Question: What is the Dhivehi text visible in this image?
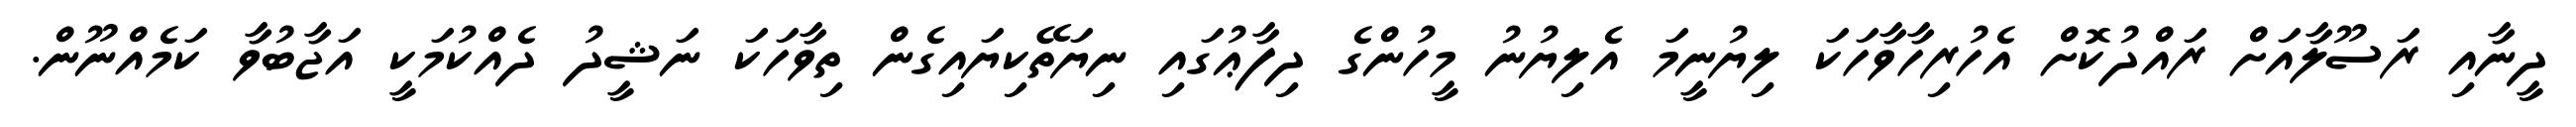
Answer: ދީނާއި ރަސޫލާއަށް ރައްދުކޮށް އެހުރިހާވާހަކަ ލިޔުނީމަ އެލިޔުނު މީހުންގެ ދިފާޢުގައި ނިޔަތޭކިޔައިގެން ތިވާހަކަ ނަޝީދު ދެއްކުމަކީ އަޖާބުވާ ކަމެއްނޫން.